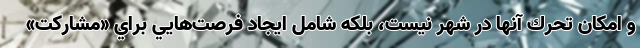
و امكان تحرك آنها در شهر نيست، بلكه شامل ايجاد فرصت‌هايي براي «مشاركت»